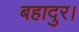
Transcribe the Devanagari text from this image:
बहादुर।